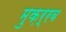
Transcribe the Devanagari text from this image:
मुक़र्रब